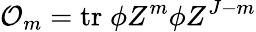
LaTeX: {\cal O}_{m}=\mathrm{tr}\; \phi Z^{m}\phi Z^{J-m}